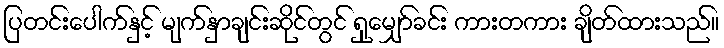
ပြတင်းပေါက်နှင့် မျက်နှာချင်းဆိုင်တွင် ရှုမျှော်ခင်း ကားတကား ချိတ်ထားသည်။